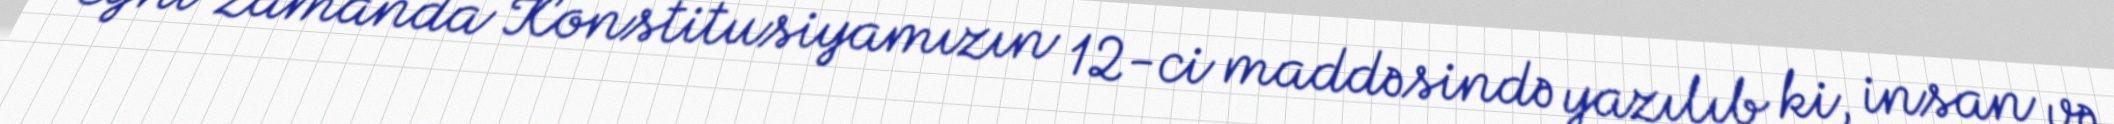
Eyni zamanda Konstitusiyamızın 12-ci maddəsində yazılıb ki, insan və